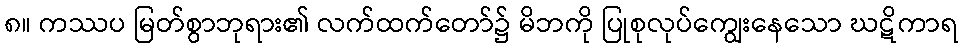
၈။ ကဿပ မြတ်စွာဘုရား၏ လက်ထက်တော်၌ မိဘကို ပြုစုလုပ်ကျွေးနေသော ဃဋိကာရ